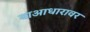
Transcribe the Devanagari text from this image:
याआधारावर